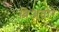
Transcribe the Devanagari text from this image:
ब्रिअतोरे